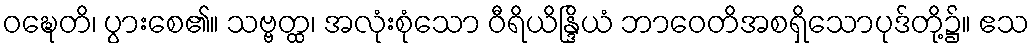
ဝဍ္ဎေတိ၊ ပွားစေ၏။ သဗ္ဗတ္ထ၊ အလုံးစုံသော ဝီရိယိန္ဒြိယံ ဘာဝေတိအစရှိသောပုဒ်တို့၌။ ဧသ